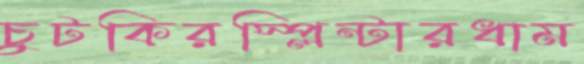
চুটকিরস্প্লিন্টারধাম